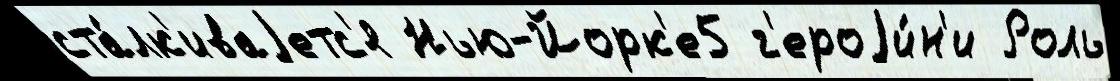
ста́лк'иваjетс'я Нью-Йорк'е5 г'ероjи́н'и Роль